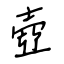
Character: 壺